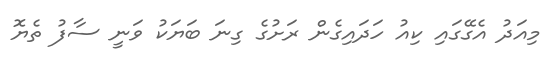
މިއަދު އެގޭގައި ކިއު ހަދައިގެން ރަށުގެ ގިނަ ބަޔަކު ވަނީ ސާފު ތެޔޮ